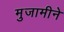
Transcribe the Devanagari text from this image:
मुजामीने